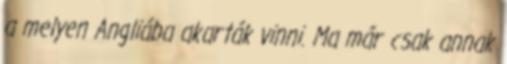
a melyen Angliába akarták vinni. Ma már csak annak